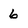
Character: 6